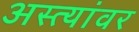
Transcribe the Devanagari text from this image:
अस्त्यांवर